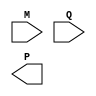
module booth_multiplier #(parameter WIDTH = 8) (
    input signed [WIDTH-1:0] M, // Multiplicand
    input signed [WIDTH-1:0] Q, // Multiplier
    output reg signed [2*WIDTH-1:0] P // Product
);

    reg [WIDTH-1:0] partial_products [0:WIDTH-1];
    reg [WIDTH:0] sum [0:WIDTH-1];
    reg [WIDTH:0] carry [0:WIDTH-1];
    integer i;

    // Booth Encoding and Partial Product Generation
    always @(*) begin
        // Initialize partial products to zero
        for (i = 0; i < WIDTH; i = i + 1) begin
            partial_products[i] = 0;
        end

        // Booth encoding logic
        for (i = 0; i < WIDTH; i = i + 1) begin
            case ({Q[i], Q[i-1]})
                2'b00: partial_products[i] = 0; // No product
                2'b01: partial_products[i] = M;  // Add multiplicand
                2'b10: partial_products[i] = -M; // Subtract multiplicand
                2'b11: partial_products[i] = 0;  // No change
            endcase
        end
    end

    // Wallace Tree Reduction
    always @(*) begin
        // Initialize sums and carries
        for (i = 0; i < WIDTH; i = i + 1) begin
            sum[i] = 0;
            carry[i] = 0;
        end

        // First stage of Wallace tree
        for (i = 0; i < WIDTH; i = i + 1) begin
            if (i < WIDTH) begin
                sum[i] = partial_products[i];
            end
        end

        // Reduce partial products using Wallace tree structure
        for (i = 0; i < WIDTH-1; i = i + 1) begin
            if (i % 3 == 0) begin
                {carry[i], sum[i]} = sum[i] + sum[i+1] + sum[i+2];
            end
        end

        // Final addition to get the product
        P = 0;
        for (i = 0; i < WIDTH; i = i + 1) begin
            P = P + sum[i];
        end
    end

endmodule